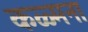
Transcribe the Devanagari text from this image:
कळ्मना